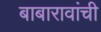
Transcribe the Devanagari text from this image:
बाबारावांची